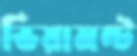
ভিয়ামন্ট